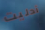
أدليت